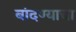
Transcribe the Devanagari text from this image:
बांदण्याचा